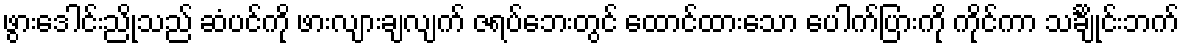
ဖွားဒေါင်းညိုသည် ဆံပင်ကို ဖားလျားချလျက် ဇရပ်ဘေးတွင် ထောင်ထားသော ပေါက်ပြားကို ကိုင်ကာ သင်္ချိုင်းဘက်